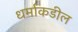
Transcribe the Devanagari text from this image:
धर्माकडील